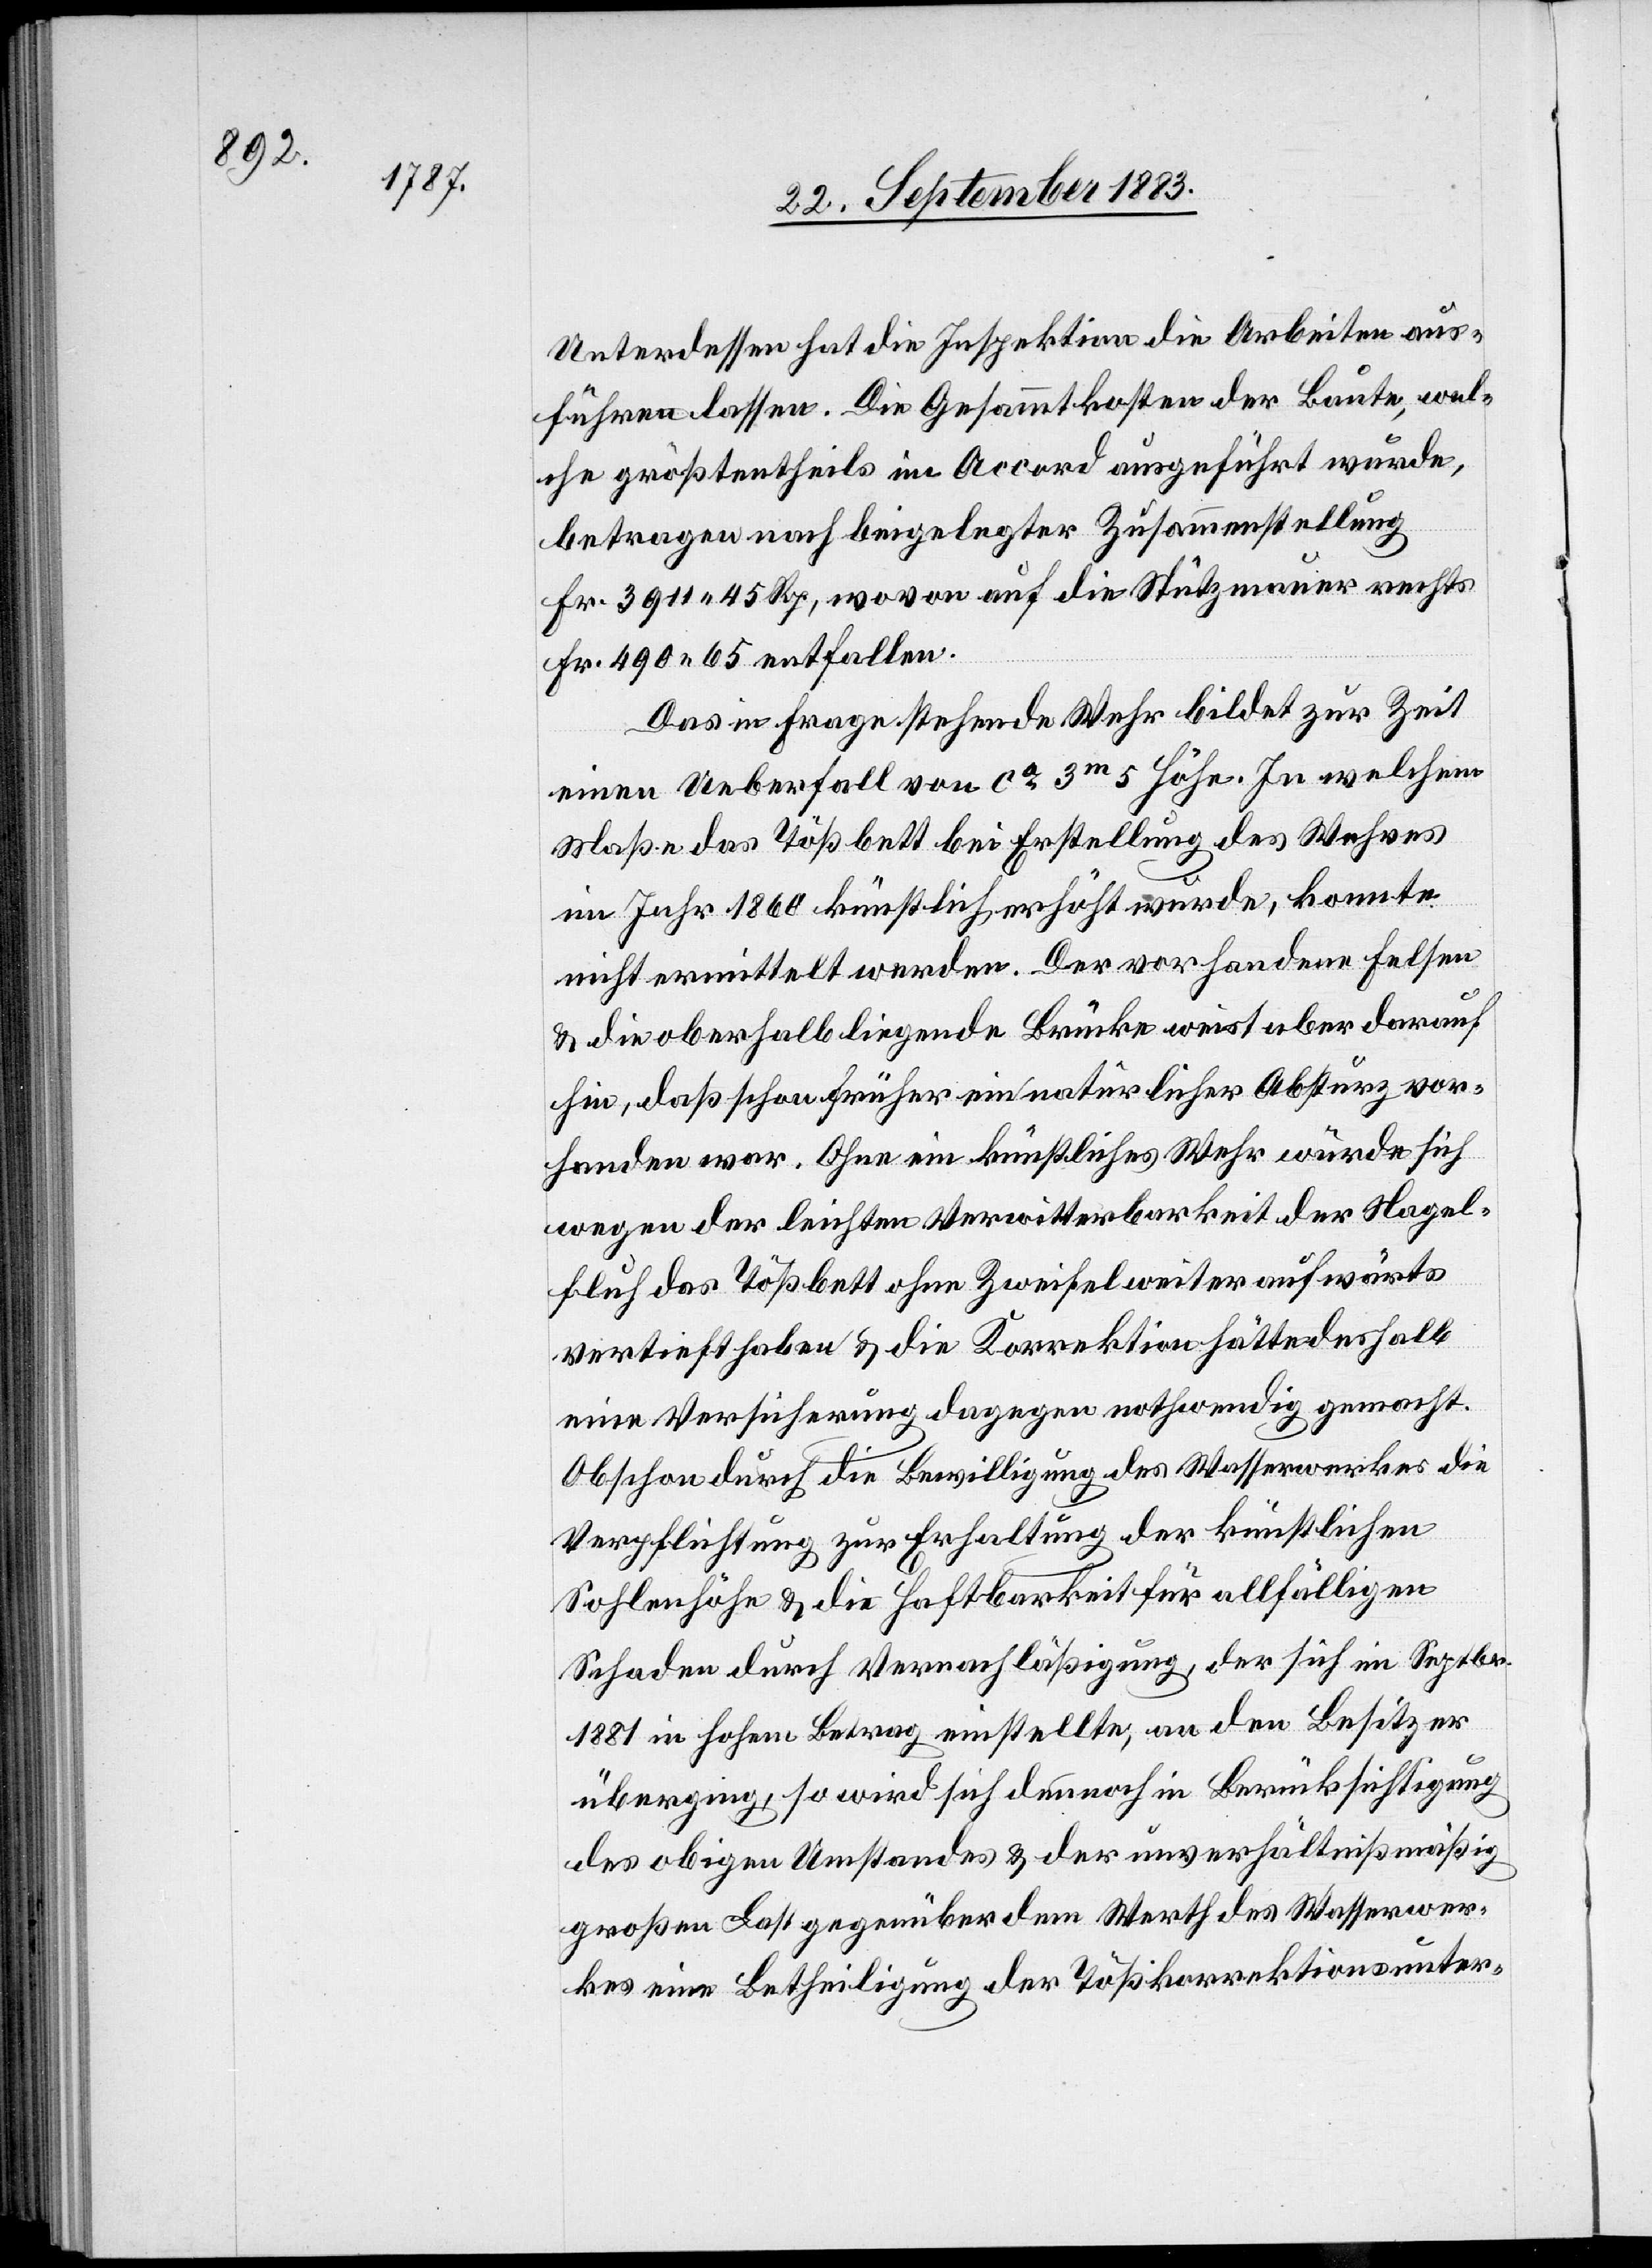
Unterdessen hat die Inspektion die Arbeiten aus¬
führen lassen. Die Gesammtkosten der Baute, wel¬
che größtentheils im Accord ausgeführt wurde,
betragen nach beigelegter Zusammenstellung
Fr. 3911 45 Rp., wovon auf die Stützmauer rechts
Fr. 490 65 entfallen.
Das in Frage stehende Wehr bildet zur Zeit
einen Ueberfall von ca 3m 5 Höhe. In welchem
Maße das Tößbett bei Erstellung des Wehres
im Jahr 1860 künstlich erhöht wurde, konnte
nicht ermittelt werden. Der vorhandene Felsen
& die oberhalb liegende Brücke weist aber darauf
hin, daß schon früher ein natürlicher Absturz vor¬
handen war. Ohne ein künstliches Wehr würde sich
wegen der leichten Verwitterbarkeit der Nagel¬
fluh das Tößbett ohne Zweifel weiter aufwärts
vertieft haben & die Korrektion hätte deshalb
eine Versicherung dagegen nothwendig gemacht.
Obschon durch die Bewilligung des Wasserwerkes die
Verpflichtung zur Erhaltung der künstlichen
Sohlenhöhe & die Haftbarkeit für allfälligen
Schaden durch Vernachläßigung, der sich im Septbr.
1881 in hohem Betrag einstellte, an den Besitzer
überging, so wird sich dennoch in Berücksichtigung
des obigen Umstandes & der unverhältnißmäßig
großen Last gegenüber dem Werth des Wasserwer¬
kes eine Betheiligung der Tößkorrektionsunter-